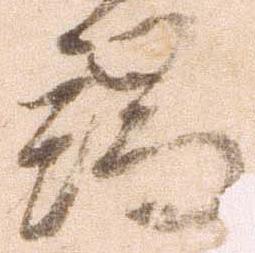
端